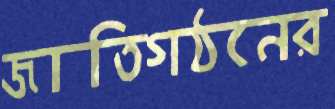
জাতিগঠনের